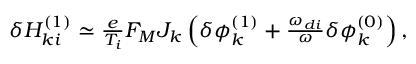
\begin{array} { r } { \delta H _ { k i } ^ { ( 1 ) } \simeq \frac { e } { T _ { i } } F _ { M } J _ { k } \left( \delta \phi _ { k } ^ { ( 1 ) } + \frac { \omega _ { d i } } { \omega } \delta \phi _ { k } ^ { ( 0 ) } \right) , } \end{array}